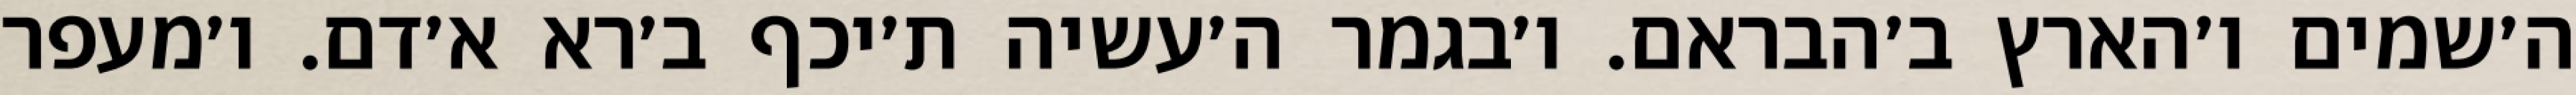
ה׳שמים ו׳הארץ ב׳הבראם. ו׳בגמר ה׳עשיה ת׳יכף ב׳רא א׳דם. ו׳מעפר